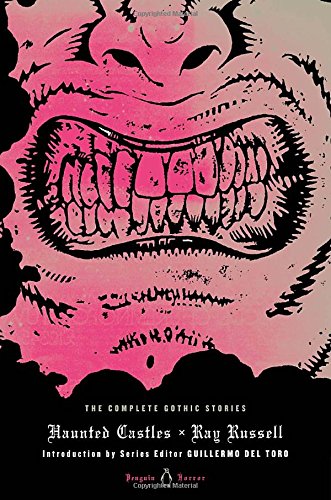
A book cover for Haunted Castles: The Complete Gothic Stories (Penguin Horror); Ray Russell; Literature & Fiction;